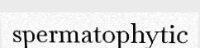
spermatophytic